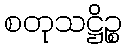
စတုသဋ္ဌိဉ္စ